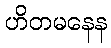
ဟိတမနေန